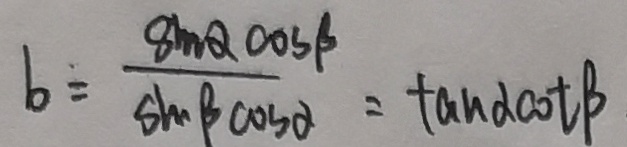
b = \frac { 8 m Q \cos \beta } { \sin \beta \cos \alpha } = \tan \alpha \cot \beta